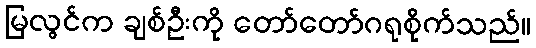
မြလွင်က ချစ်ဦးကို တော်တော်ဂရုစိုက်သည်။